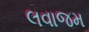
લવાજમ